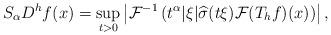
LaTeX: \begin{align*}S_\alpha D^h f (x)= \sup_{t > 0} \left \lvert \mathcal{F}^{-1} \left( t^{\alpha} |\xi| \widehat{\sigma}(t \xi) \mathcal{F} (T_{h}f) (x) \right) \right \rvert,\end{align*}